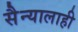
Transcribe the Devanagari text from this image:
सैन्यालाही